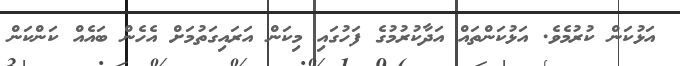
އަޅުކަން ކުރުމެވެ. އަޅުކަންތައް އަދާކުރުމުގެ ފަހުގައި މިކަން އަރައިގަތުމަށް އެހެން ބައެއް ކަންކަން